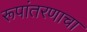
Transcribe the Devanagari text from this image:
रूपांतरणाचा